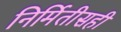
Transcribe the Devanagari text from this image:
निर्मितीसही